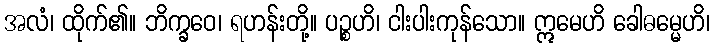
အလံ၊ ထိုက်၏။ ဘိက္ခဝေ၊ ရဟန်းတို့။ ပဉ္စဟိ၊ ငါးပါးကုန်သော။ ဣမေဟိ ခေါဓမ္မေဟိ၊